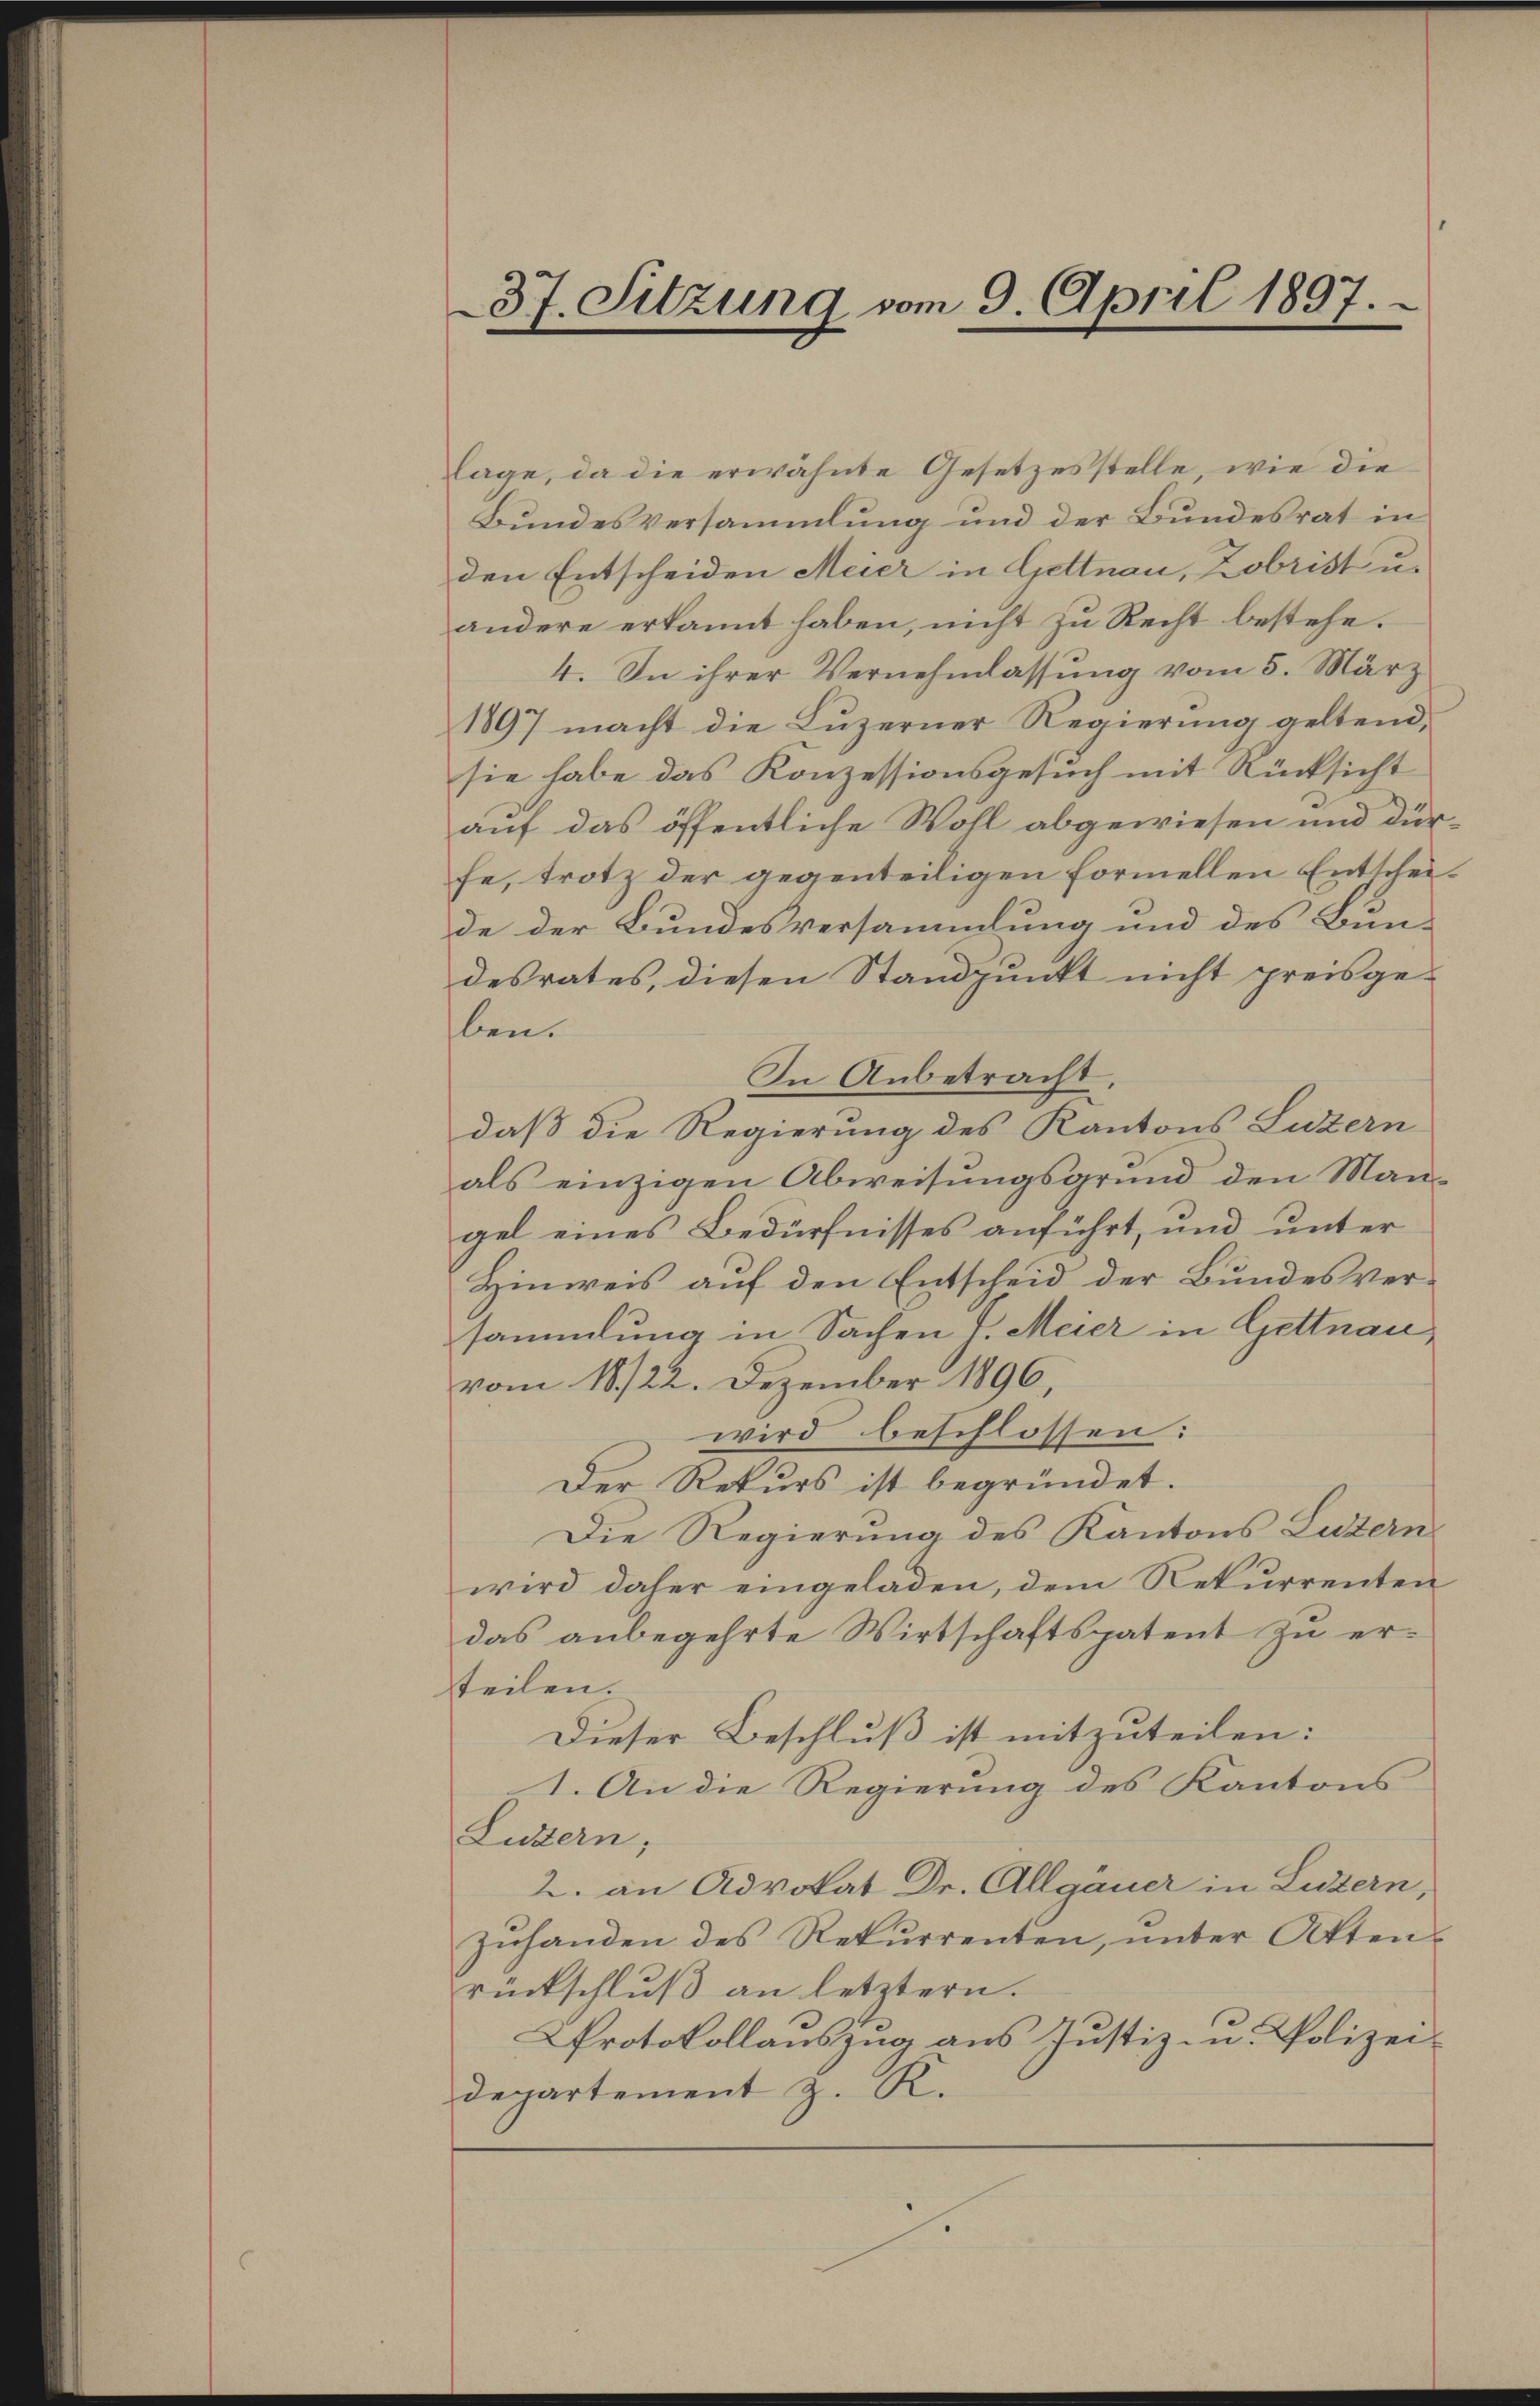
lage, da die erwähnte Gesetzesstelle, wie die
Bundesversammlung und der Bundesrat in
den Entscheiden Meier in Gettnau, Zobrist u.
andere erkannt haben, nicht zu Recht bestehe.
4. In ihrer Vernehmlassung vom 5. März
1897 macht die Luzerner Regierung geltend,
sie habe das Konzessionsgesuch mit Rücksicht
auf das öffentliche Wohl abgewiesen und dürfe, trotz der gegenteiligen formellen Entscheide der Bundesversammlung und des Bun-
desrates, diesen Standpunkt nicht preisge-
ben.
In Anbetracht,
daß die Regierung des Kantons Luzern
als einzigen Abweisungsgrund den Mangel eines Bedürfnisses anführt, und unter
Hinweis auf den Entscheid der Bundesversammlung in Sachen J. Meier in Gettnau,
vom 18/22. Dezember 1896,
wird beschlossen:
Der Rekurs ist begründet.
Die Regierung des Kantons Luzern
wird daher eingeladen, dem Rekurrenten
das anbegehrte Wirtschaftspatent zu erteilen.
Dieser Beschluß ist mitzuteilen:
1. An die Regierung des Kantons
Luzern,
2. an Advokat Dr. Allgäuer in Luzern,
zŭhanden des Rekurrenten, ŭnter Atten-
rückschluß an letztern.
Protokollauszug aus Justiz- u. Polizeidepartement z. K.

37. Sitzung vom 9. April 1897.